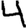
Digit: 4